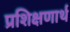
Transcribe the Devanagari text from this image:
प्रशिक्षणार्थ